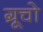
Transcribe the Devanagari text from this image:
ग्रूचो